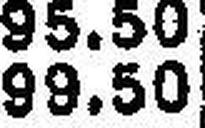
99.50